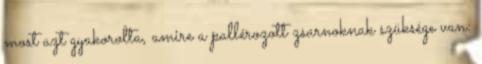
most azt gyakorolta, amire a pallérozott zsarnoknak szüksége van: